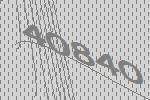
40840